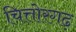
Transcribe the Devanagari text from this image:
चित्तोरगढ़